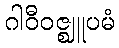
ဂါဝီဝဇ္ဈူပမံ